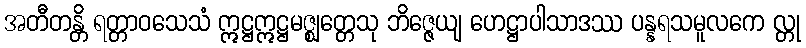
အတီတန္တိ ရတ္တာဝသေသံ ဣဋ္ဌဣဋ္ဌမဇ္ဈတ္တေသု ဘိဇ္ဇေယျ ဟေဋ္ဌာပါသာဒဿ ပန္နရသမူလကေ လ္တု